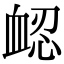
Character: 𧖷